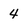
Character: 4